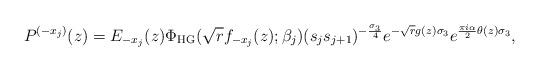
LaTeX: \begin{align*}P^{(-x_{j})}(z) = E_{-x_{j}}(z) \Phi_{\mathrm{HG}}(\sqrt{r}f_{-x_{j}}(z);\beta_{j})(s_{j}s_{j+1})^{-\frac{\sigma_{3}}{4}}e^{-\sqrt{r}g(z)\sigma_{3}}e^{\frac{\pi i \alpha}{2}\theta(z)\sigma_{3}},\end{align*}